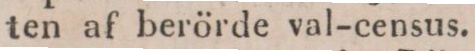
ten af berörde val-census.